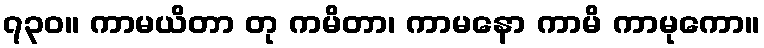
၇၃၀။ ကာမယိတာ တု ကမိတာ၊ ကာမနော ကာမိ ကာမုကော။